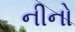
નીનો